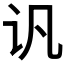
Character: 𲂂